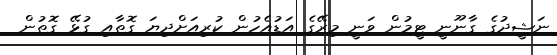
ނަޝީދުގެ ގާނޫނީ ޓީމުން ވަނީ މިރޭގެ އަޑުއެހުން ކުރިއަށްދިޔަ ގޮތާއި ގުޅޭ ގޮތުން